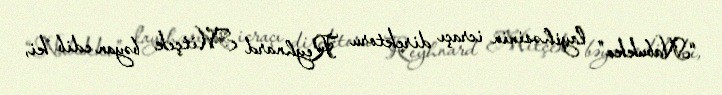
“Nabukko” layihəsinin icraçı direktoru Reyhnard Mitçek bəyan edib ki,